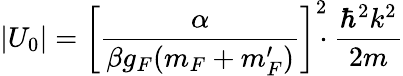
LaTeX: |U_{0}|=\left[\frac{\alpha}{\beta g_{F}(m_{F}+m_{F}^{\prime})}\right]^{2}\! \! \! \cdot\frac{\hbar^{2}k^{2}}{2m}